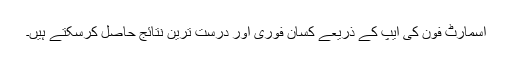
اسمارٹ فون کی ایپ کے ذریعے کسان فوری اور درست ترین نتائج حاصل کرسکتے ہیں۔